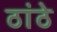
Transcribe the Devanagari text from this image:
ठांठे